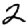
Digit: 2